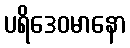
ပရိဒေဝမာနော